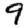
Digit: 9